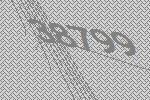
38799